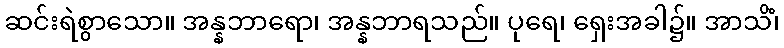
ဆင်းရဲစွာသော။ အန္နဘာရော၊ အန္နဘာရသည်။ ပုရေ၊ ရှေးအခါ၌။ အာသိံ၊